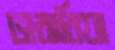
ভারারিয়া